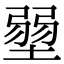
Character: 𡎳